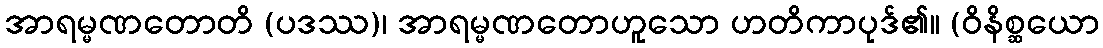
အာရမ္မဏတောတိ (ပဒဿ)၊ အာရမ္မဏတောဟူသော ဟတိကာပုဒ်၏။ (ဝိနိစ္ဆယော